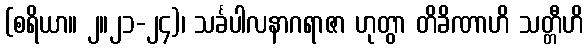
(စရိယာ။ ၂။၂၁-၂၄)၊ သင်္ခပါလနာဂရာဇာ ဟုတွာ တိခိဏာဟိ သတ္တီဟိ